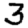
Digit: 3